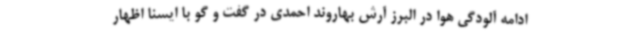
ادامه آلودگی هوا در البرز آرش بهاروند احمدی در گفت و گو با ایسنا اظهار